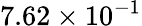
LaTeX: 7.62\times 10^{-1}